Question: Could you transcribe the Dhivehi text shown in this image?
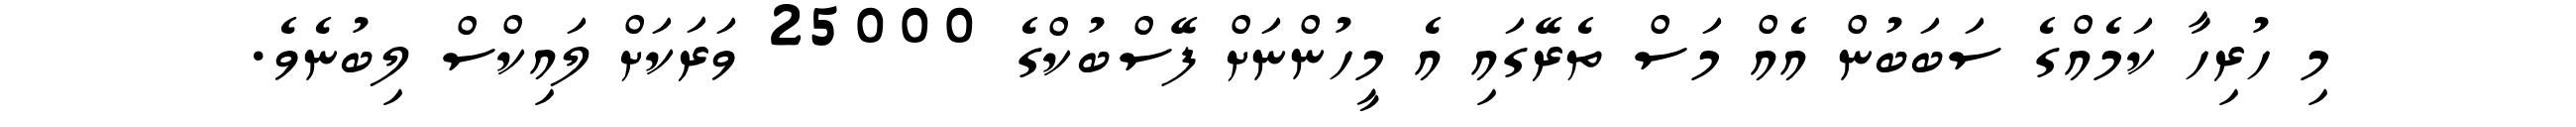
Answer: މި ހުރިހާ ކަމެއްގެ ސަބަބުން އެއް މަސް ތެރޭގައި އެ މީހުންނަށް ފޭސްބުކްގެ 25000 ވަރަކަށް ލައިކްސް ލިބުނެވެ.